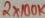
Text: 2X100K